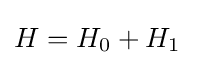
H=H_{0}+H_{1}\